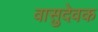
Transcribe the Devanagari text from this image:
वासुदेवक